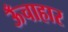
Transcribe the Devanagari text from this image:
ऊँचाहार